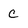
Character: c